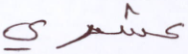
عشري